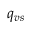
q _ { v s }